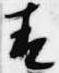
青